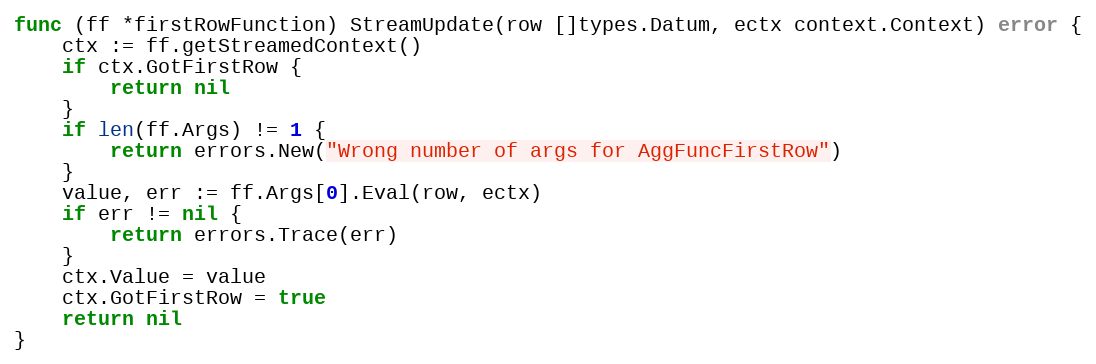
Language: Go
func (ff *firstRowFunction) StreamUpdate(row []types.Datum, ectx context.Context) error {
	ctx := ff.getStreamedContext()
	if ctx.GotFirstRow {
		return nil
	}
	if len(ff.Args) != 1 {
		return errors.New("Wrong number of args for AggFuncFirstRow")
	}
	value, err := ff.Args[0].Eval(row, ectx)
	if err != nil {
		return errors.Trace(err)
	}
	ctx.Value = value
	ctx.GotFirstRow = true
	return nil
}